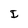
Character: I